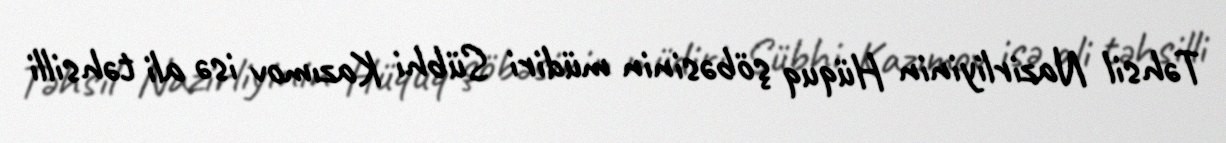
Təhsil Nazirliyinin Hüquq şöbəsinin müdiri Sübhi Kazımov isə ali təhsilli